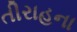
તીરાહના